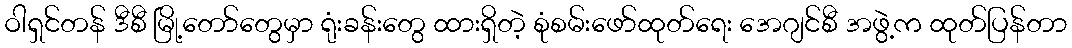
ဝါရှင်တန် ဒီစီ မြို့တော်တွေမှာ ရုံးခန်းတွေ ထားရှိတဲ့ စုံစမ်းဖော်ထုတ်ရေး အေဂျင်စီ အဖွဲ့က ထုတ်ပြန်တာ